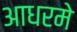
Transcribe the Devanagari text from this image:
आधरमे